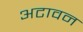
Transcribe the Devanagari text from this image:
अटावन